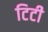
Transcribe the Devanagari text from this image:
टिटी